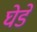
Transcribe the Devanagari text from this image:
घेडे